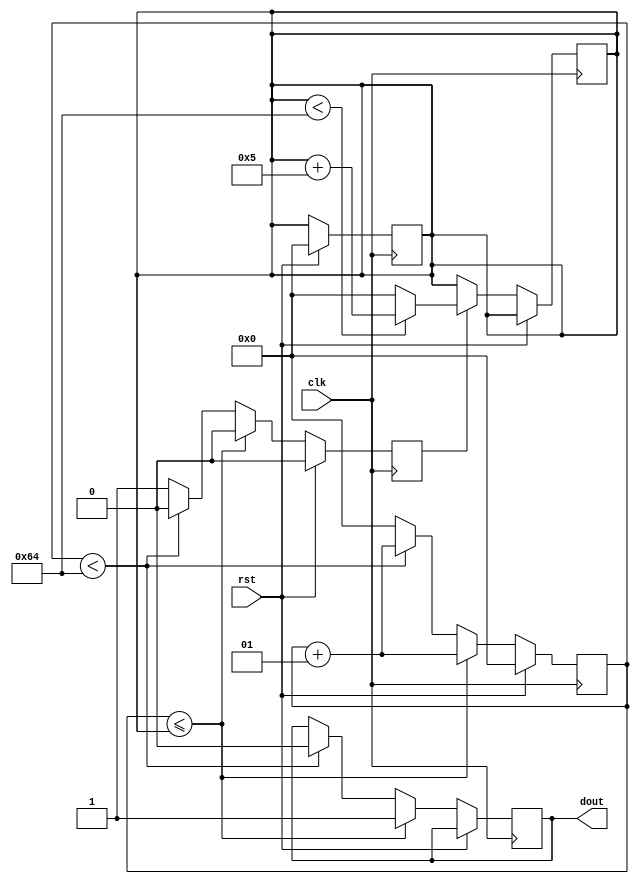
`timescale 1ns / 1ps
 
module pwm(
input clk, rst, 
output reg dout
);
 
parameter period = 100;
integer count = 0;
integer ton   = 0;
reg ncyc      = 1'b0;
 
always@(posedge clk)
begin
     if(rst == 1'b1)
        begin
         count <= 0;
         ton   <= 0;
         ncyc  <= 1'b0;
        end   
     else 
       begin
            if(count <= ton) 
              begin
              count <= count + 1;
              dout  <= 1'b1;
              ncyc  <= 1'b0;
              end
            else if (count < period)
              begin
              count <= count + 1;
              dout <= 1'b0;
              ncyc <= 1'b0;
              end
            else
               begin
               ncyc  <= 1'b1;
               count <= 0;
               end
       end
end
 
 
always@(posedge clk)
begin
     if(rst == 1'b0) 
     begin 
             if(ncyc == 1'b1)
                begin
                    if(ton < period)
                       ton <= ton + 5;
                     else
                       ton <= 0;
                end
     end   
end
 
 
 
 
endmodule